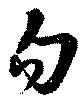
勿